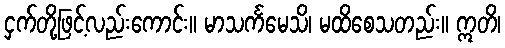
ငှက်တို့ဖြင့်လည်းကောင်း။ မာသင်္ကမေသိ၊ မထိစေသတည်း။ ဣတိ၊